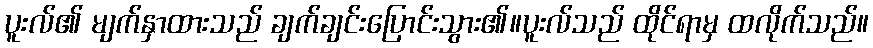
ပူးလ်၏ မျက်နှာထားသည် ချက်ချင်းပြောင်းသွား၏။ပူးလ်သည် ထိုင်ရာမှ ထလိုက်သည်။